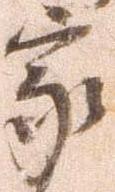
家